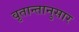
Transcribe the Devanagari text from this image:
वृतान्तानुसार